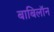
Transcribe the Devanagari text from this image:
बाबिलॉन